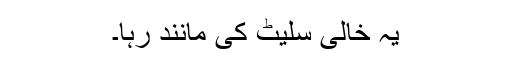
یہ خالی سلیٹ کی مانند رہا۔